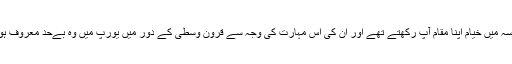
الجبرا اور ھندسہ میں خیام اپنا مقام آپ رکھتے تھے اور ان کی اس مہارت کی وجہ سے قرون وسطی کے دور میں یورپ میں وہ بےحد معروف ہو چکے تھے ۔